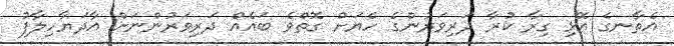
އެތާނގެ އޮޅި ގިރާ ކުރާ ދަރިވަރުންގެ ހެޔަށް ގޮތްވެ ބައެއް ދަރިވަރުންނަށް އާދަޔާހިލާފު